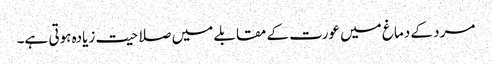
مرد کے دماغ میں عورت کے مقابلے میں صلاحیت زیادہ ہوتی ہے۔